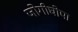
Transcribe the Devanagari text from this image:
जोगीघोपा